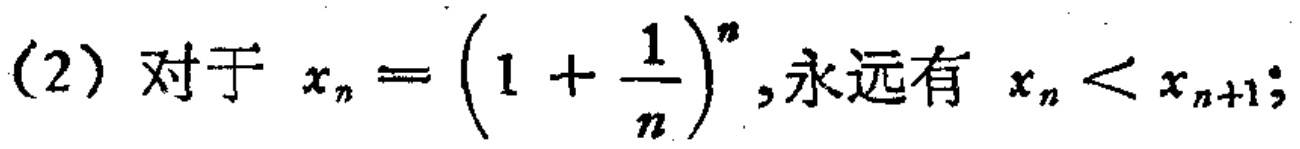
(2) 对于 \(x_{n}=\left(1 + \frac{1}{n}\right)^{n}\), 永远有 \(x_{n}<x_{n + 1}\);